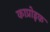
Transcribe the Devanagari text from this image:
काप्रोइक